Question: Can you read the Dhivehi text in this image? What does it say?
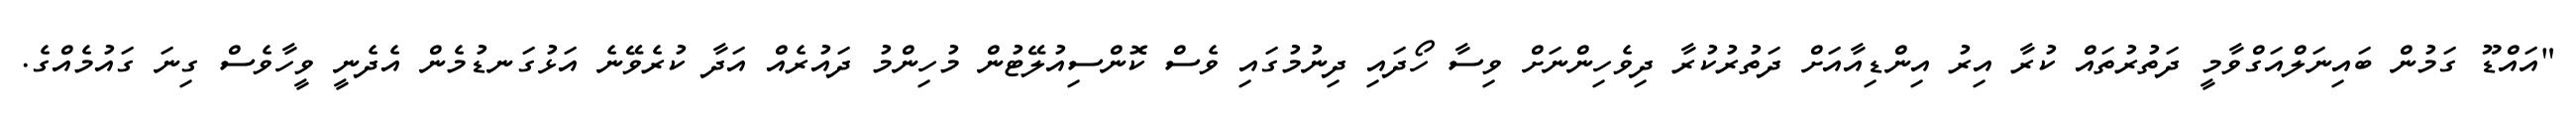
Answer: "އައްޑޫ ގަމުން ބައިނަލްއަގްވާމީ ދަތުރުތައް ކުރާ އިރު އިންޑިއާއަށް ދަތުރުކުރާ ދިވެހިންނަށް ވިސާ ހޯދައި ދިނުމުގައި ވެސް ކޮންސިއުލޭޓުން މުހިންމު ދައުރެއް އަދާ ކުރެވޭނެ އަޅުގަނޑުމެން އެދެނީ ވީހާވެސް ގިނަ ގައުމެއްގެ.